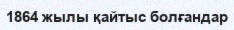
1864 жылы қайтыс болғандар